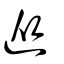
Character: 從